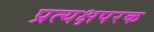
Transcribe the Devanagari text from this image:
प्रत्यक्षपरक